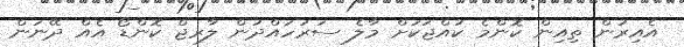
އެއިރުން ތިއިން ކޮންމެ ކުއްޖަކަށް މާލެ ސަރަހައްދުން ލާރޖް ކޮންޑޯ އެއް ދޭނަން